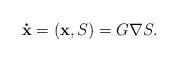
LaTeX: \begin{align*}\mathbf{\dot{x}}=\left( \mathbf{x},S\right) =G\nabla S.\end{align*}